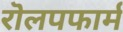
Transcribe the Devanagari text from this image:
रॊलपफार्म